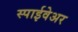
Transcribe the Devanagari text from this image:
स्पाईवेअर